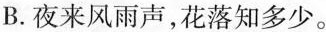
B.夜来风雨声，花落知多少。